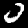
Label: 0